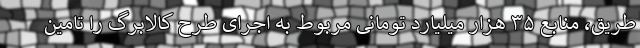
طریق، منابع ۳۵ هزار میلیارد تومانی مربوط به اجرای طرح کالابرگ را تامین